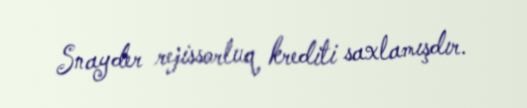
Snayder rejissorluq krediti saxlamışdır.